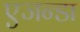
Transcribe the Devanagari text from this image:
एजन्डा